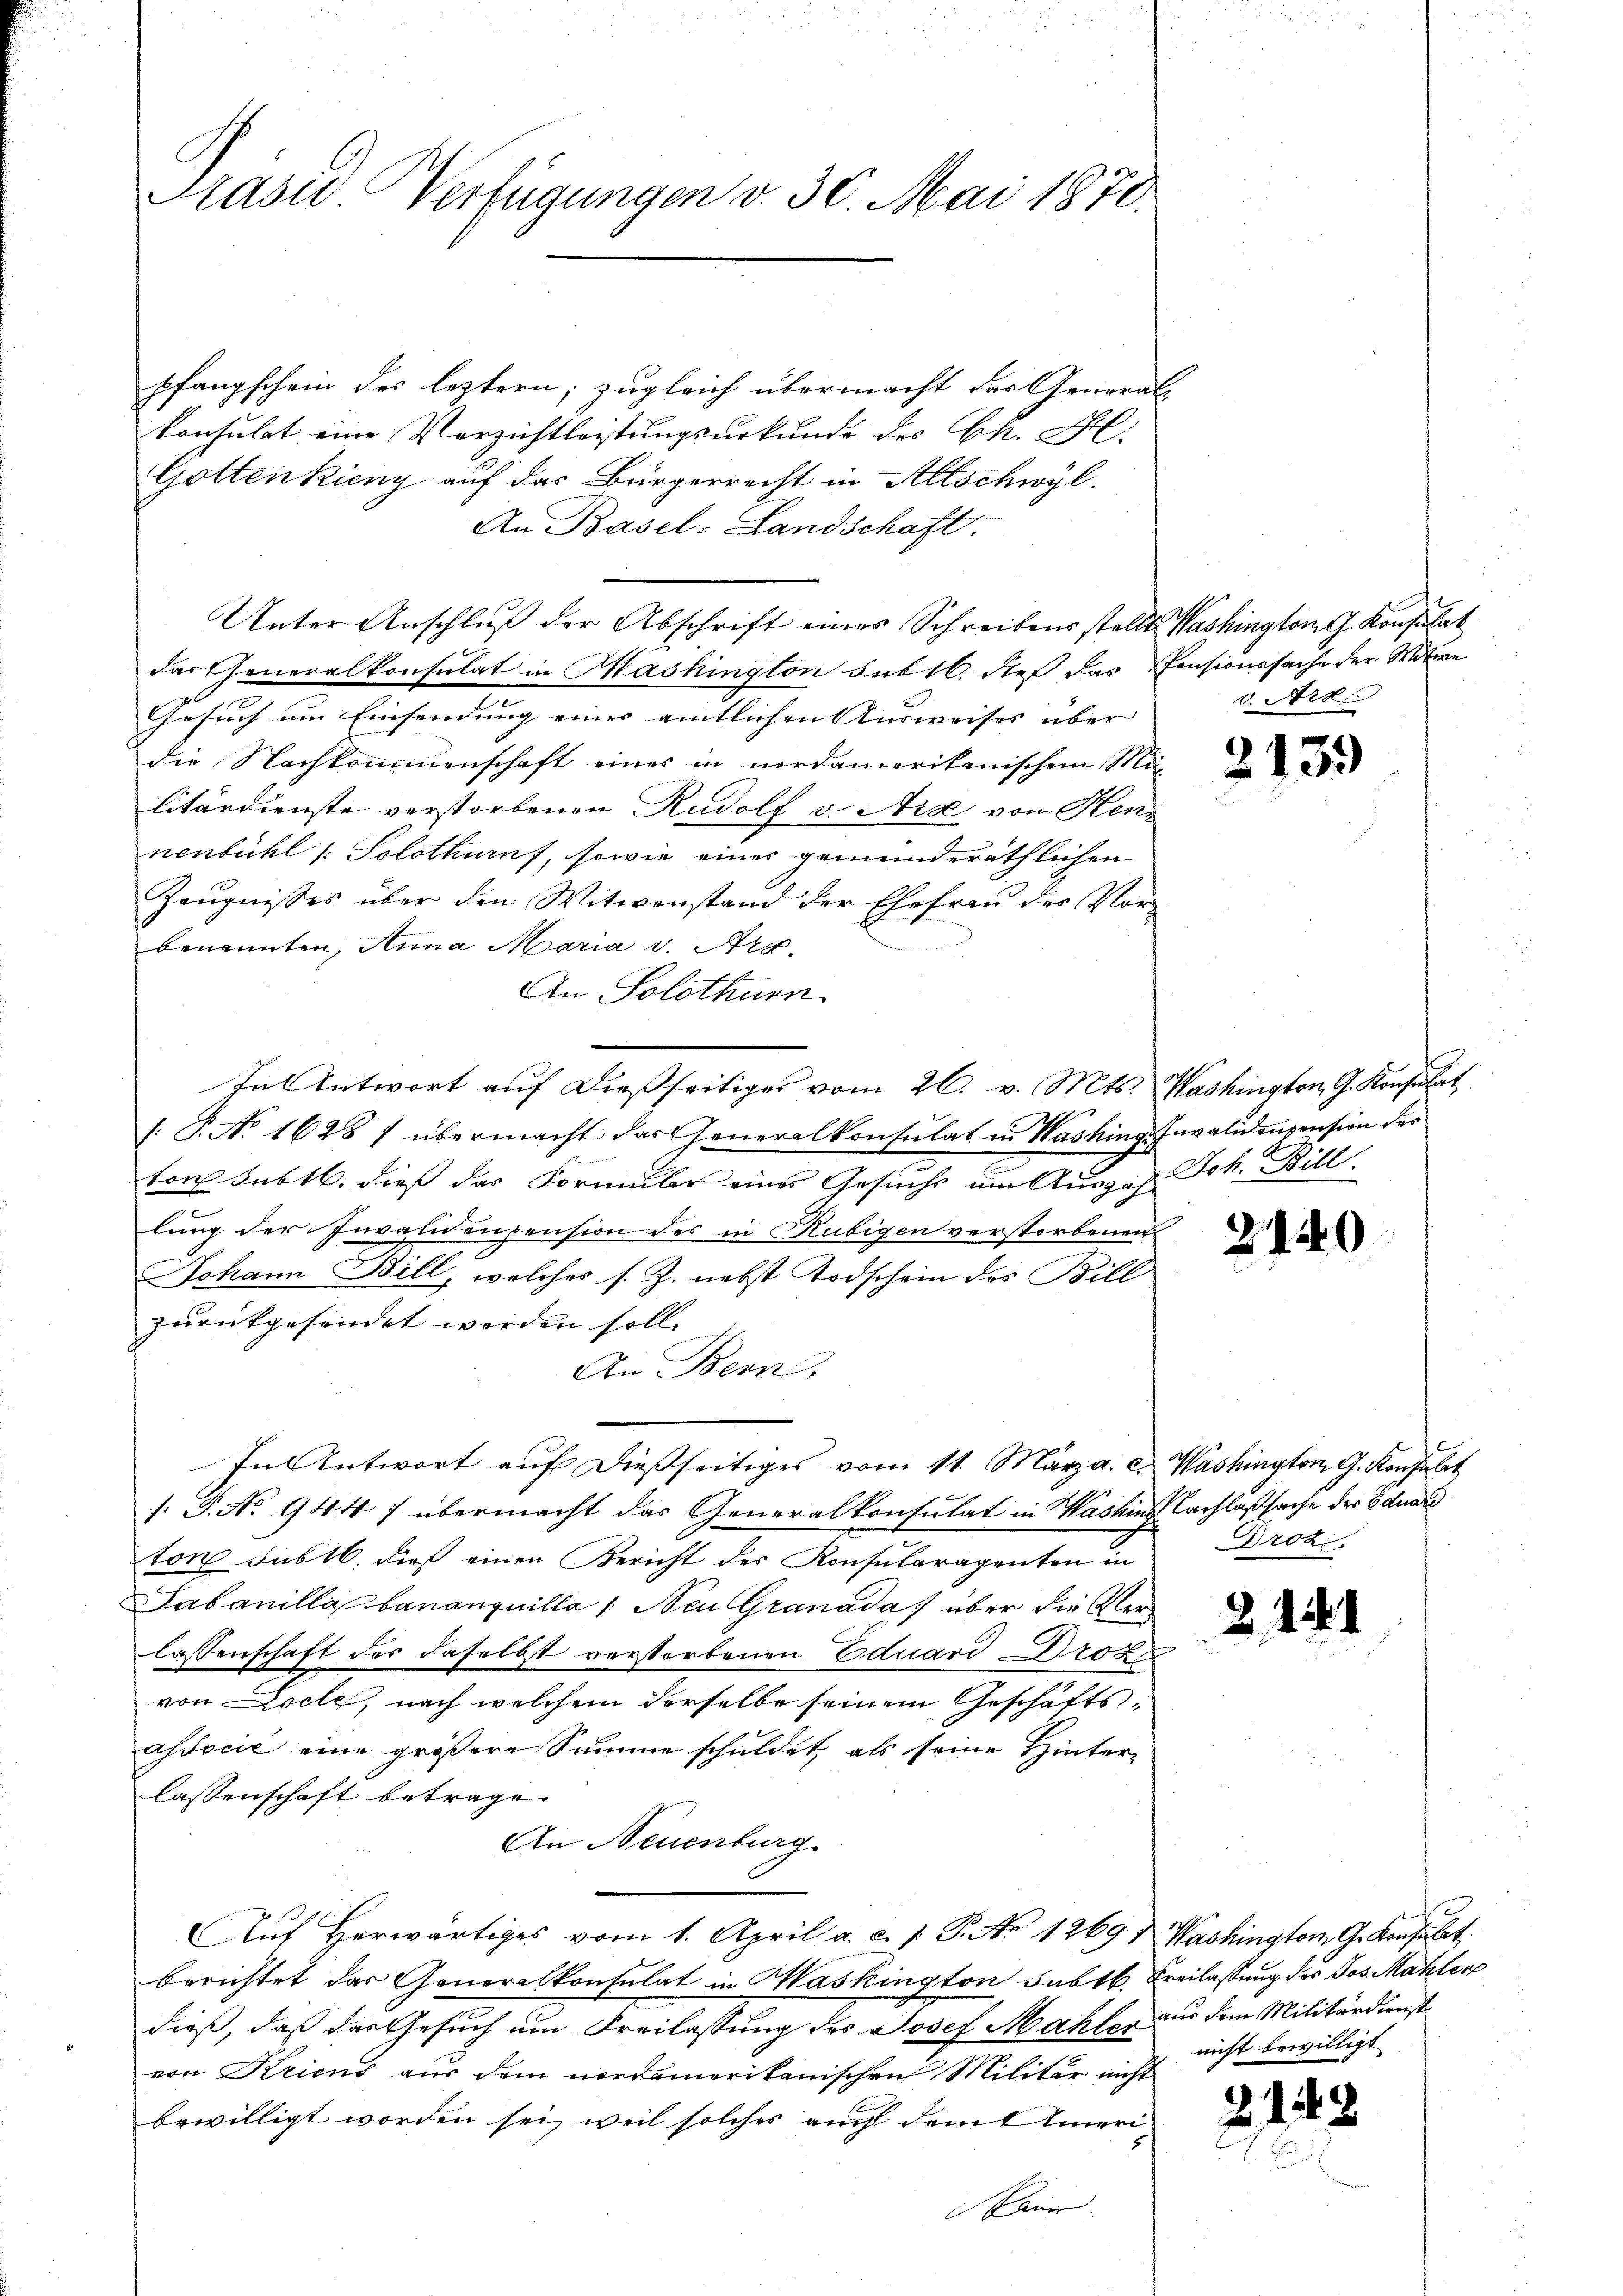
u
Präses Verfügungen v. 30. Mai 1870.

pfangschein des leztern; zugleich übermacht das General-
konsulat eine Verzichtlastungsurkunde des k. M.
Gottenkieny auf das Bürgerrecht in Allschwyl.
An Basel-Landschaft.
Unter Anschlŭβ der Abschrift eines Schreibens stellt. Washington G. Konsulat
das Generalkonsulat in Mashington subtl. dieß das Pensionssache der Witwe
Gesuch im Einsendung eines amtlichen Ausweises über
die Nachkommenschaft eines in nordamerikanischem Mi-
litärdienste verstorbenen Rudolf v. Aix von Kennenbühl /: Solothurn, sowie eines gemeinderäthlichen
Zeŭgnisses über den Witwenstand der Ehefrau der Vor-
benannten, Anna Maria v. Art.
An Solothurn.
In Antwort aŭf dießseitiges vom 26. v. Mts. Washington G. Konsulat
/. P. No 1628 / übermacht das Generalkonsulat in Washinge Invalidenpension des

ton subtl. dieß das Formuler eines Gesuchs um Auszah. Joh. Bill
lung der Invalidenpension des in Rubigen verstorbenen
Johann Bill, welches s. Z. nebst Todschein des Bill
zurückgesendet werden soll.
An Bern,
In Antwort aŭf dießseitiges vom 11. März a. c. Washington G. Konsabet
s: P. No 944 :/ übermacht das Generalkonsulat in Washinz Nachlaßsache der Eduar
ton subtl. dies einen Bericht des Konsularagenten in Droz.
Sabanilla bananquilla /: Neu Granada über die Verlassenschaft des daselbst verstorbenen Eduard Bro
von Loche, nach welchem derselbe seinem Geschäftsassocie eine größere Summe schuldet, als seine Hinter-
lassenschaft betrage.
An Neuenburg.
Aŭf herwärtiges vom 1. April a. c. s. S. No 1269 & Washington G. Konsulat,
berichtet das Generalkonsulat in Maskington subtb. Freilassung der Jos. Makler
dieß, daß das Gesuch um Freilassung des Josef Mahler nicht bewilligt
von Kriend aus dem nordamerikanischen Militär nicht
bewilligt worden sei, weil solches auch damit eineri¬
Bauer

v. Art

2139

21440

2144

21

.

18

aus dem Militärdienst